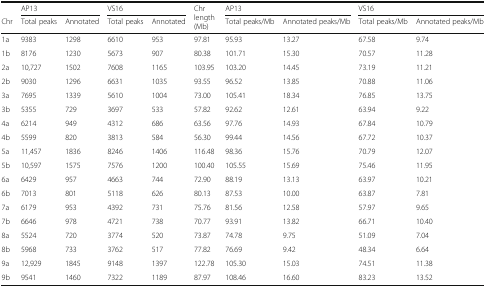
<table><thead><tr><td></td><td colspan="2"><b>AP13</b></td><td colspan="2"><b>VS16</b></td><td rowspan="2"><b>Chr length (Mb)</b></td><td colspan="2"><b>AP13</b></td><td colspan="2"><b>VS16</b></td></tr><tr><td><b>Chr</b></td><td><b>Total peaks</b></td><td><b>Annotated</b></td><td><b>Total peaks</b></td><td><b>Annotated</b></td><td><b>Total peaks/Mb</b></td><td><b>Annotated peaks/Mb</b></td><td><b>Total peaks/Mb</b></td><td><b>Annotated peaks/Mb</b></td></tr></thead><tbody><tr><td>1a</td><td>9383</td><td>1298</td><td>6610</td><td>953</td><td>97.81</td><td>95.93</td><td>13.27</td><td>67.58</td><td>9.74</td></tr><tr><td>1b</td><td>8176</td><td>1230</td><td>5673</td><td>907</td><td>80.38</td><td>101.71</td><td>15.30</td><td>70.57</td><td>11.28</td></tr><tr><td>2a</td><td>10,727</td><td>1502</td><td>7608</td><td>1165</td><td>103.95</td><td>103.20</td><td>14.45</td><td>73.19</td><td>11.21</td></tr><tr><td>2b</td><td>9030</td><td>1296</td><td>6631</td><td>1035</td><td>93.55</td><td>96.52</td><td>13.85</td><td>70.88</td><td>11.06</td></tr><tr><td>3a</td><td>7695</td><td>1339</td><td>5610</td><td>1004</td><td>73.00</td><td>105.41</td><td>18.34</td><td>76.85</td><td>13.75</td></tr><tr><td>3b</td><td>5355</td><td>729</td><td>3697</td><td>533</td><td>57.82</td><td>92.62</td><td>12.61</td><td>63.94</td><td>9.22</td></tr><tr><td>4a</td><td>6214</td><td>949</td><td>4312</td><td>686</td><td>63.56</td><td>97.76</td><td>14.93</td><td>67.84</td><td>10.79</td></tr><tr><td>4b</td><td>5599</td><td>820</td><td>3813</td><td>584</td><td>56.30</td><td>99.44</td><td>14.56</td><td>67.72</td><td>10.37</td></tr><tr><td>5a</td><td>11,457</td><td>1836</td><td>8246</td><td>1406</td><td>116.48</td><td>98.36</td><td>15.76</td><td>70.79</td><td>12.07</td></tr><tr><td>5b</td><td>10,597</td><td>1575</td><td>7576</td><td>1200</td><td>100.40</td><td>105.55</td><td>15.69</td><td>75.46</td><td>11.95</td></tr><tr><td>6a</td><td>6429</td><td>957</td><td>4663</td><td>744</td><td>72.90</td><td>88.19</td><td>13.13</td><td>63.97</td><td>10.21</td></tr><tr><td>6b</td><td>7013</td><td>801</td><td>5118</td><td>626</td><td>80.13</td><td>87.53</td><td>10.00</td><td>63.87</td><td>7.81</td></tr><tr><td>7a</td><td>6179</td><td>953</td><td>4392</td><td>731</td><td>75.76</td><td>81.56</td><td>12.58</td><td>57.97</td><td>9.65</td></tr><tr><td>7b</td><td>6646</td><td>978</td><td>4721</td><td>738</td><td>70.77</td><td>93.91</td><td>13.82</td><td>66.71</td><td>10.40</td></tr><tr><td>8a</td><td>5524</td><td>720</td><td>3774</td><td>520</td><td>73.87</td><td>74.78</td><td>9.75</td><td>51.09</td><td>7.04</td></tr><tr><td>8b</td><td>5968</td><td>733</td><td>3762</td><td>517</td><td>77.82</td><td>76.69</td><td>9.42</td><td>48.34</td><td>6.64</td></tr><tr><td>9a</td><td>12,929</td><td>1845</td><td>9148</td><td>1397</td><td>122.78</td><td>105.30</td><td>15.03</td><td>74.51</td><td>11.38</td></tr><tr><td>9b</td><td>9541</td><td>1460</td><td>7322</td><td>1189</td><td>87.97</td><td>108.46</td><td>16.60</td><td>83.23</td><td>13.52</td></tr></tbody></table>